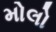
મોલો